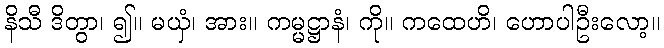
နိသီ ဒိတွာ၊ ၍။ မယှံ၊ အား။ ကမ္မဋ္ဌာနံ၊ ကို။ ကထေဟိ၊ ဟောပါဦးလော့။